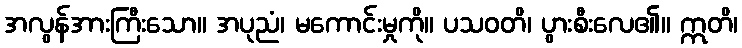
အလွန်အားကြီးသော။ အပုညံ၊ မကောင်းမှုကို။ ပသဝတိ၊ ပွားစီးလေ၏။ ဣတိ၊